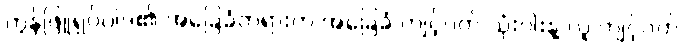
ကွန်ဖြူရှပ်ဝါဒ၏ အခြေခံတရားက အခြေခံ ကျင့်ဝတ် သုံးပါးနဲ့ လူ ကျင့်ဝတ်